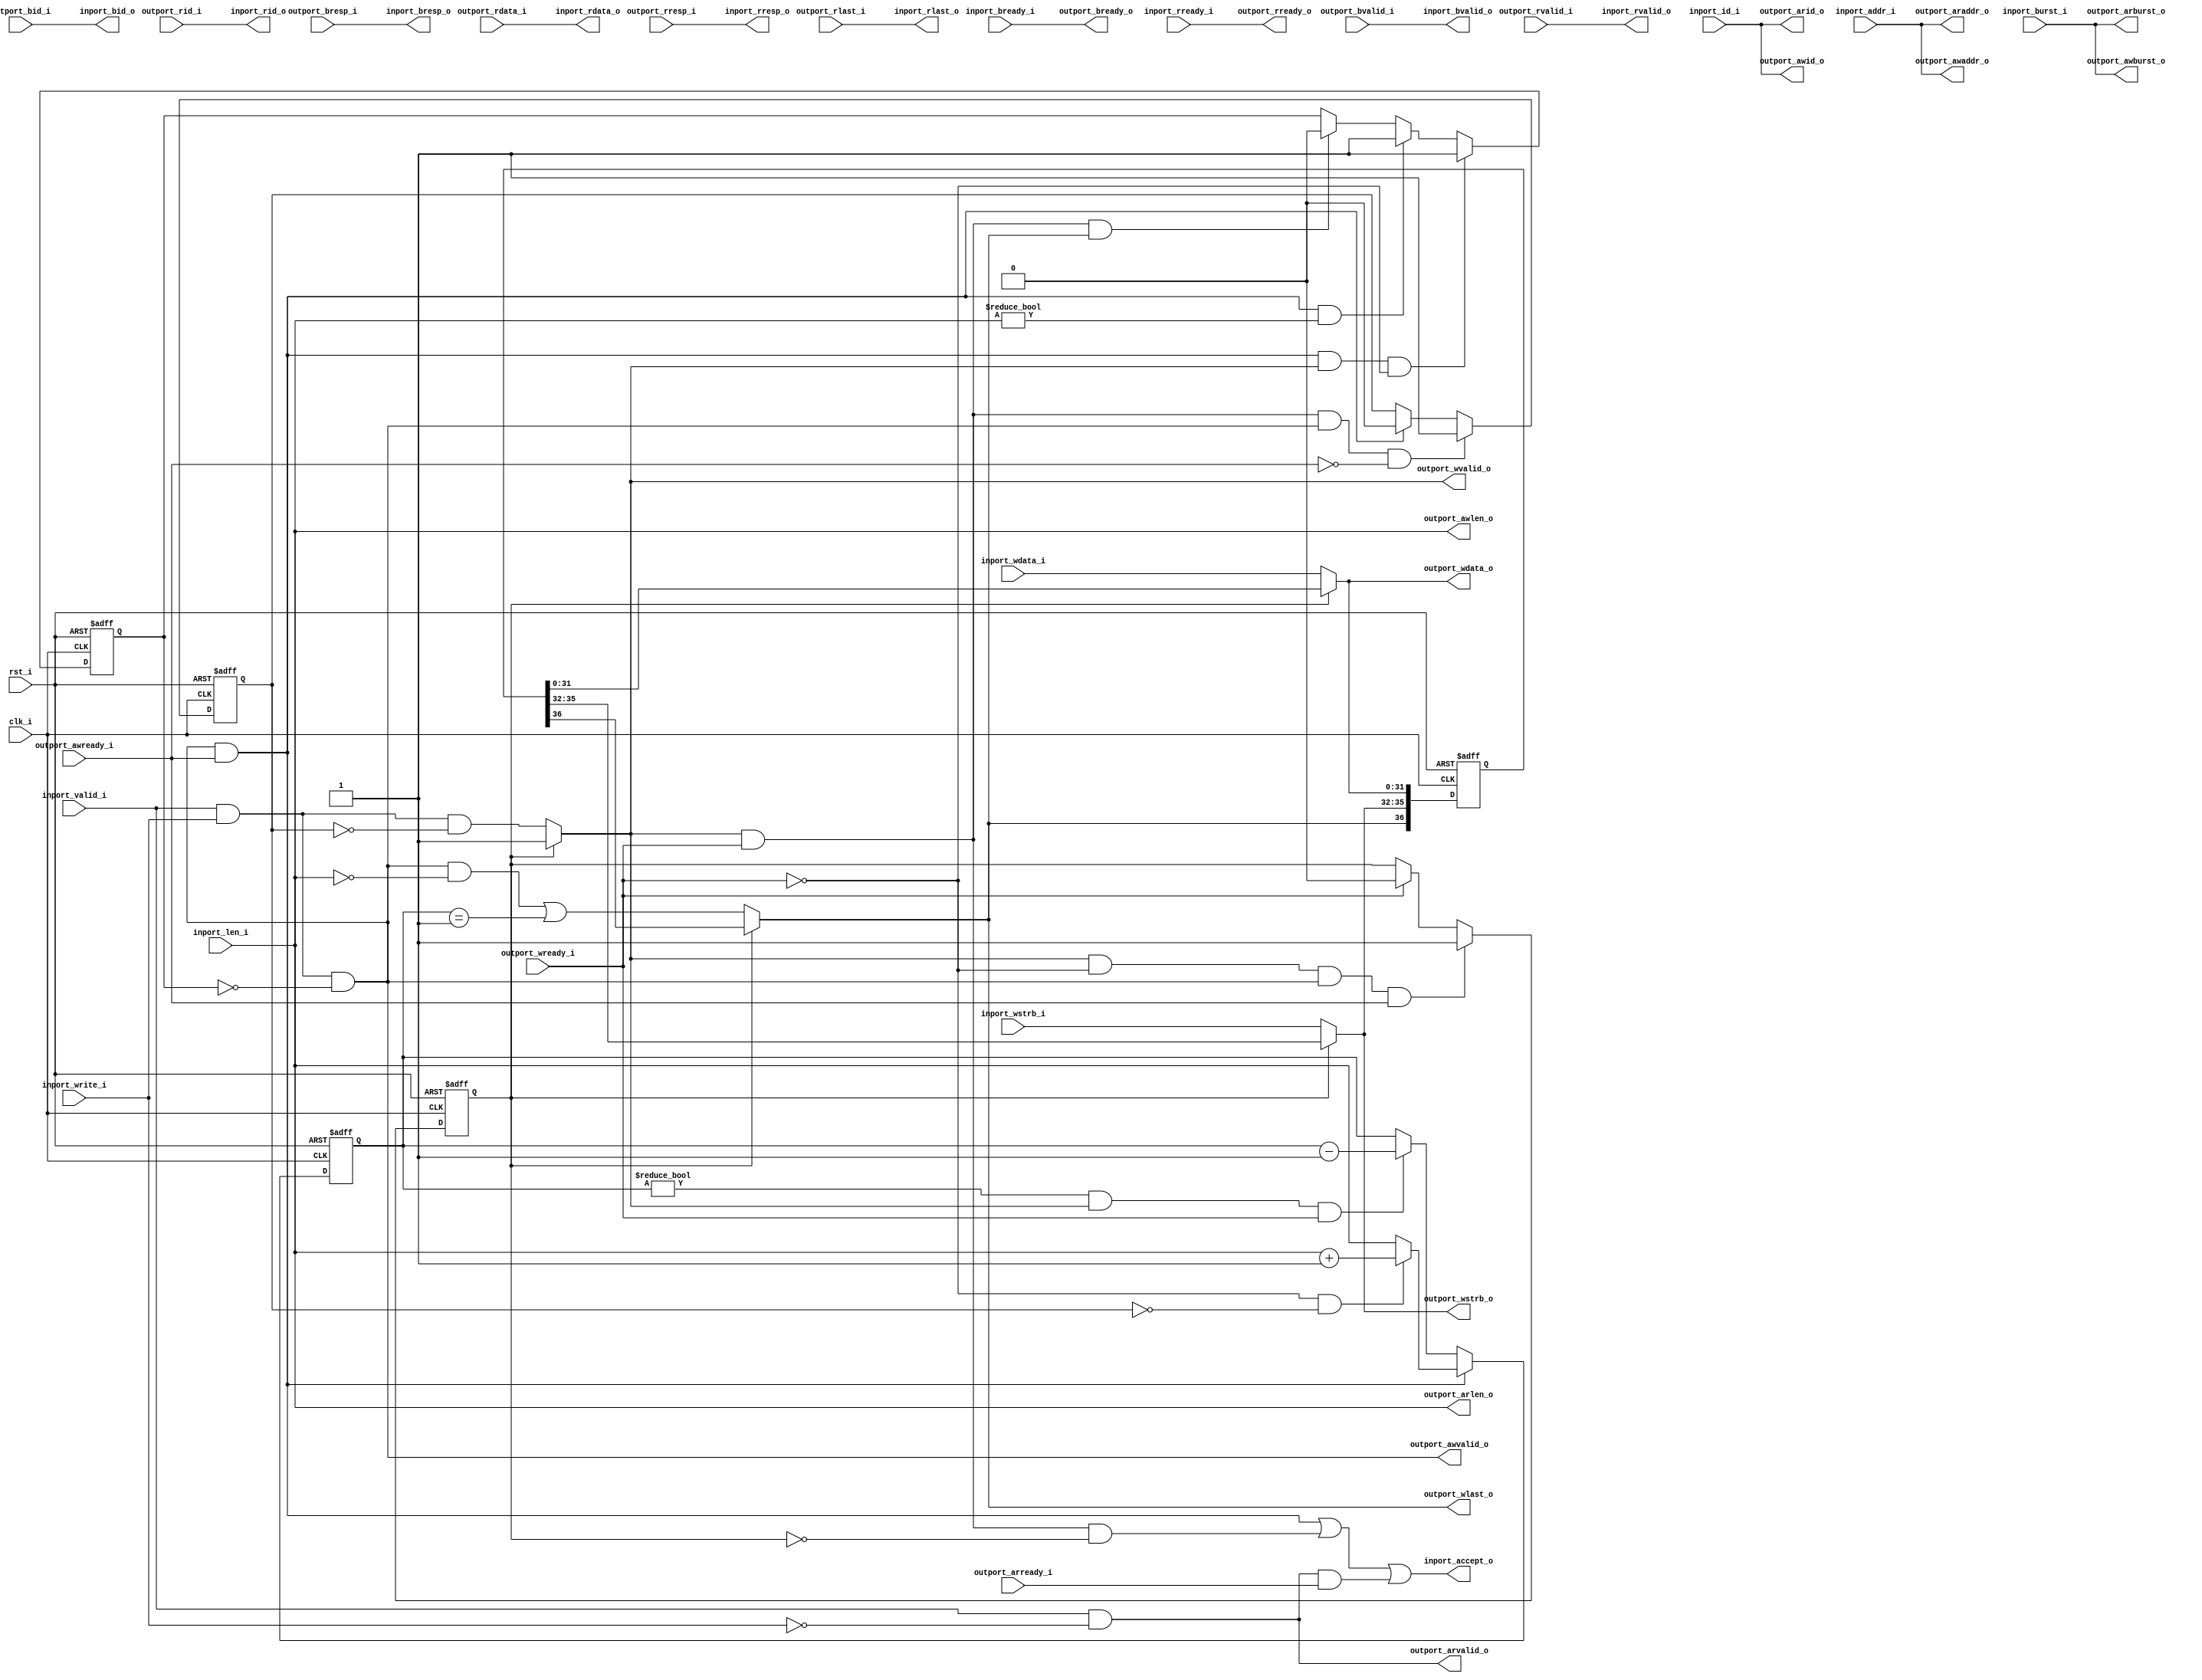
//-----------------------------------------------------------------
//                         biRISC-V CPU
//                            V0.6.0
//                     Ultra-Embedded.com
//                     Copyright 2019-2020
//
//                   admin@ultra-embedded.com
//
//                     License: Apache 2.0
//-----------------------------------------------------------------
// Copyright 2020 Ultra-Embedded.com
// 
// Licensed under the Apache License, Version 2.0 (the "License");
// you may not use this file except in compliance with the License.
// You may obtain a copy of the License at
// 
//     http://www.apache.org/licenses/LICENSE-2.0
// 
// Unless required by applicable law or agreed to in writing, software
// distributed under the License is distributed on an "AS IS" BASIS,
// WITHOUT WARRANTIES OR CONDITIONS OF ANY KIND, either express or implied.
// See the License for the specific language governing permissions and
// limitations under the License.
//-----------------------------------------------------------------

module dcache_axi_axi
(
    // Inputs
     input           clk_i
    ,input           rst_i
    ,input           inport_valid_i
    ,input           inport_write_i
    ,input  [ 31:0]  inport_addr_i
    ,input  [  3:0]  inport_id_i
    ,input  [  7:0]  inport_len_i
    ,input  [  1:0]  inport_burst_i
    ,input  [ 31:0]  inport_wdata_i
    ,input  [  3:0]  inport_wstrb_i
    ,input           inport_bready_i
    ,input           inport_rready_i
    ,input           outport_awready_i
    ,input           outport_wready_i
    ,input           outport_bvalid_i
    ,input  [  1:0]  outport_bresp_i
    ,input  [  3:0]  outport_bid_i
    ,input           outport_arready_i
    ,input           outport_rvalid_i
    ,input  [ 31:0]  outport_rdata_i
    ,input  [  1:0]  outport_rresp_i
    ,input  [  3:0]  outport_rid_i
    ,input           outport_rlast_i

    // Outputs
    ,output          inport_accept_o
    ,output          inport_bvalid_o
    ,output [  1:0]  inport_bresp_o
    ,output [  3:0]  inport_bid_o
    ,output          inport_rvalid_o
    ,output [ 31:0]  inport_rdata_o
    ,output [  1:0]  inport_rresp_o
    ,output [  3:0]  inport_rid_o
    ,output          inport_rlast_o
    ,output          outport_awvalid_o
    ,output [ 31:0]  outport_awaddr_o
    ,output [  3:0]  outport_awid_o
    ,output [  7:0]  outport_awlen_o
    ,output [  1:0]  outport_awburst_o
    ,output          outport_wvalid_o
    ,output [ 31:0]  outport_wdata_o
    ,output [  3:0]  outport_wstrb_o
    ,output          outport_wlast_o
    ,output          outport_bready_o
    ,output          outport_arvalid_o
    ,output [ 31:0]  outport_araddr_o
    ,output [  3:0]  outport_arid_o
    ,output [  7:0]  outport_arlen_o
    ,output [  1:0]  outport_arburst_o
    ,output          outport_rready_o
);



//-------------------------------------------------------------
// Write Request
//-------------------------------------------------------------
reg awvalid_inhibit_q;
reg wvalid_inhibit_q;

always @ (posedge clk_i or posedge rst_i)
if (rst_i)
    awvalid_inhibit_q <= 1'b0;
else if (outport_awvalid_o && outport_awready_i && outport_wvalid_o && !outport_wready_i)
    awvalid_inhibit_q <= 1'b1;
else if (outport_awvalid_o && outport_awready_i && outport_awlen_o != 8'b0)
    awvalid_inhibit_q <= 1'b1;
else if (outport_wvalid_o && outport_wready_i && outport_wlast_o)
    awvalid_inhibit_q <= 1'b0;

always @ (posedge clk_i or posedge rst_i)
if (rst_i)
    wvalid_inhibit_q <= 1'b0;
else if (outport_wvalid_o && outport_wready_i && outport_awvalid_o && !outport_awready_i)
    wvalid_inhibit_q <= 1'b1;
else if (outport_awvalid_o && outport_awready_i)
    wvalid_inhibit_q <= 1'b0;

assign outport_awvalid_o = (inport_valid_i & inport_write_i & ~awvalid_inhibit_q);
assign outport_awaddr_o  = inport_addr_i;
assign outport_awid_o    = inport_id_i;
assign outport_awlen_o   = inport_len_i;
assign outport_awburst_o = inport_burst_i;

//-------------------------------------------------------------
// Write burst tracking
//-------------------------------------------------------------
reg  [7:0] req_cnt_q;

always @ (posedge clk_i or posedge rst_i)
if (rst_i)
    req_cnt_q <= 8'b0;
else if (outport_awvalid_o && outport_awready_i)
begin
    // First data not accepted yet
    if (!outport_wready_i && !wvalid_inhibit_q)
        req_cnt_q <= (outport_awlen_o + 8'd1);
    // First data already accepted
    else
        req_cnt_q <= outport_awlen_o;
end
else if (req_cnt_q != 8'd0 && outport_wvalid_o && outport_wready_i)
    req_cnt_q <= req_cnt_q - 8'd1;

wire wlast_w = (outport_awvalid_o && outport_awlen_o == 8'b0) || (req_cnt_q == 8'd1);

//-------------------------------------------------------------
// Write data skid buffer
//-------------------------------------------------------------
reg buf_valid_q;
always @ (posedge clk_i or posedge rst_i)
if (rst_i)
    buf_valid_q <= 1'b0;
else if (outport_wvalid_o && !outport_wready_i && outport_awvalid_o && outport_awready_i)
    buf_valid_q <= 1'b1;
else if (outport_wready_i)
    buf_valid_q <= 1'b0;

reg [36:0] buf_q;
always @ (posedge clk_i or posedge rst_i)
if (rst_i)
    buf_q <= 37'b0;
else
    buf_q <= {outport_wlast_o, outport_wstrb_o, outport_wdata_o};

assign outport_wvalid_o  = buf_valid_q ? 1'b1 : (inport_valid_i & inport_write_i & ~wvalid_inhibit_q);
assign outport_wdata_o   = buf_valid_q ? buf_q[31:0]  : inport_wdata_i;
assign outport_wstrb_o   = buf_valid_q ? buf_q[35:32] : inport_wstrb_i;
assign outport_wlast_o   = buf_valid_q ? buf_q[36:36] : wlast_w;

assign inport_bvalid_o   = outport_bvalid_i;
assign inport_bresp_o    = outport_bresp_i;
assign inport_bid_o      = outport_bid_i;
assign outport_bready_o  = inport_bready_i;

//-------------------------------------------------------------
// Read Request
//-------------------------------------------------------------
assign outport_arvalid_o = inport_valid_i & ~inport_write_i;
assign outport_araddr_o  = inport_addr_i;
assign outport_arid_o    = inport_id_i;
assign outport_arlen_o   = inport_len_i;
assign outport_arburst_o = inport_burst_i;
assign outport_rready_o  = inport_rready_i;

assign inport_rvalid_o   = outport_rvalid_i;
assign inport_rdata_o    = outport_rdata_i;
assign inport_rresp_o    = outport_rresp_i;
assign inport_rid_o      = outport_rid_i;
assign inport_rlast_o    = outport_rlast_i;

//-------------------------------------------------------------
// Accept logic
//-------------------------------------------------------------
assign inport_accept_o   = (outport_awvalid_o && outport_awready_i) || 
                           (outport_wvalid_o  && outport_wready_i && !buf_valid_q)  ||
                           (outport_arvalid_o && outport_arready_i);


endmodule